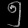
Digit: ၅